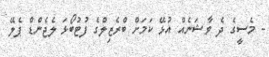
- މެސީގެ ދެ ވާޝަނެއް އުޅޭ ކަމަށް ބްރެޒިލްގެ ފުޓުބޯޅަ ލެޖެންޑް ޕެލޭ